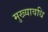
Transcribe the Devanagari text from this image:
मुख्यावधि